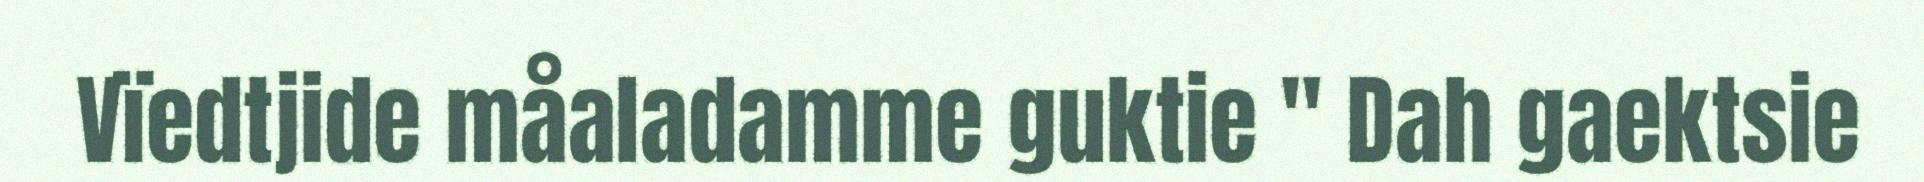
Vïedtjide måaladamme guktie " Dah gaektsie